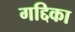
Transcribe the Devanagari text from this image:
गद्दिका